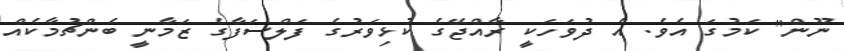
ނޫން" ކަމުގަ އެވެ. އެ ދުވަހަކީ ރާއްޖޭގެ ކުޅިވަރުގެ ފަލްސަފާގެ ޒަމާނީ ބެންޗުމާކެއް